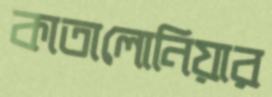
কাতালোনিয়ার